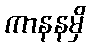
ကာနနမှိ